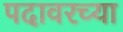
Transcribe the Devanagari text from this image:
पदावरच्या